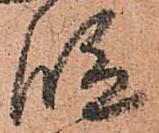
段